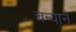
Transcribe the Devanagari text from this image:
चन्याने